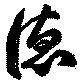
徳